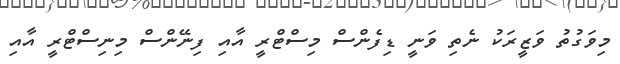
މިވަގުތު ވަޒީރަކު ނެތި ވަނީ ޑިފެންސް މިސްޓްރީ އާއި ފިނޭންސް މިނިސްޓްރީ އާއި